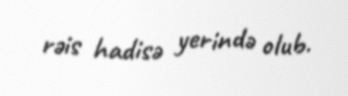
rəis hadisə yerində olub.